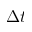
\Delta t